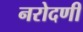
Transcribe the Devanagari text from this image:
नरोदणी